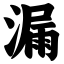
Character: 漏